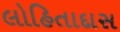
લોહિતાદાસ